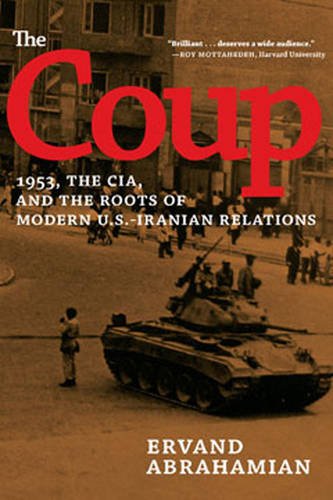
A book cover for The Coup: 1953, the CIA, and the Roots of Modern U.S.-Iranian Relations; Ervand Abrahamian; History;